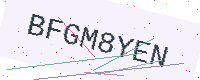
Text: BFGM8YEN